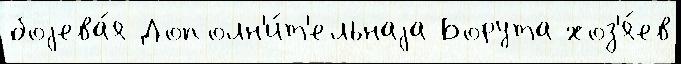
боjева́я Дополн'и́т'ельнаjа Борута хоз'я́ев